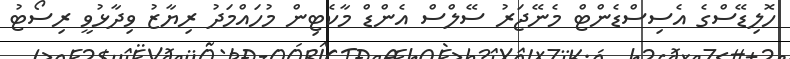
ހޮލިޑޭސްގެ އެސިސްޑެންޓް މެނޭޖަރު ސޭލްސް އެންޑް މާކެޓިން މުހައްމަދު ރިޔާޒު ވިދާޅުވީ ރިސޯޓު